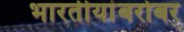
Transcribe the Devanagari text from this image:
भारतीयांबरोबर